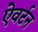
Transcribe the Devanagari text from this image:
ऐवर्टन